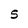
Character: S